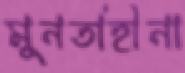
মুনতাহীনা